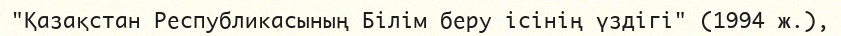
"Қазақстан Республикасының Білім беру ісінің үздігі" (1994 ж.),